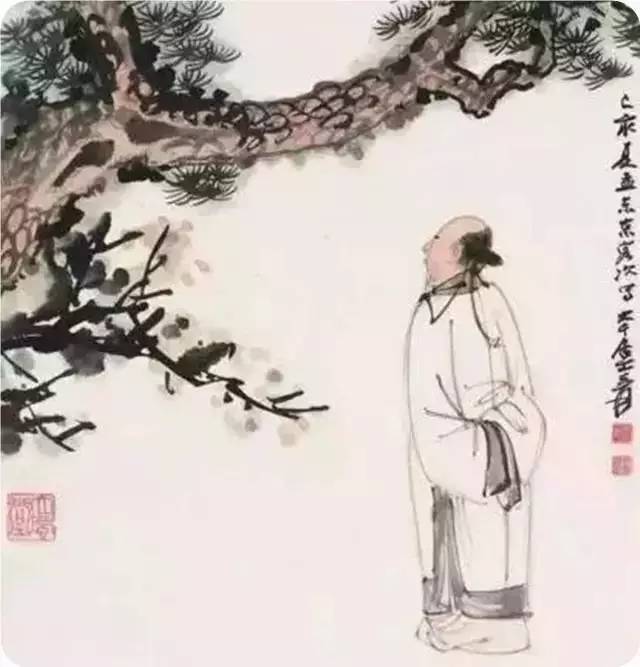
论至德者不和于俗，成大功者不谋于众。